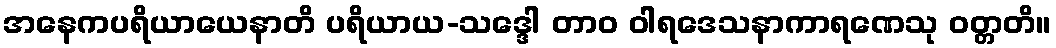
အနေကပရိယာယေနာတိ ပရိယာယ-သဒ္ဒေါ တာဝ ဝါရဒေသနာကာရဏေသု ဝတ္တတိ။